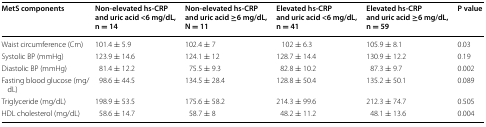
| MetS components | Non-elevated hs-CRP and uric acid <6 mg/dL, n = 14 | Non-elevated hs-CRP and uric acid ≥6 mg/dL, N = 11 | Elevated hs-CRP and uric acid <6 mg/dL, n = 41 | Elevated hs-CRP and uric acid ≥6 mg/dL, n = 59 | P value |
 | --- | --- | --- | --- | --- | --- |
 | Waist circumference (Cm) | 101.4 ± 5.9 | 102.4 ± 7 | 102 ± 6.3 | 105.9 ± 8.1 | 0.03 |
 | Systolic BP (mmHg) | 123.9 ± 14.6 | 124.1 ± 12 | 128.7 ± 14.4 | 130.9 ± 12.2 | 0.19 |
 | Diastolic BP (mmHg) | 81.4 ± 12.2 | 75.5 ± 9.3 | 82.8 ± 10.2 | 87.3 ± 9.7 | 0.002 |
 | Fasting blood glucose (mg/dL) | 98.6 ± 44.5 | 134.5 ± 28.4 | 128.8 ± 50.4 | 135.2 ± 50.1 | 0.089 |
 | Triglyceride (mg/dL) | 198.9 ± 53.5 | 175.6 ± 58.2 | 214.3 ± 99.6 | 212.3 ± 74.7 | 0.505 |
 | HDL cholesterol (mg/dL) | 58.6 ± 14.7 | 58.7 ± 8 | 48.2 ± 11.2 | 48.1 ± 13.6 | 0.004 |